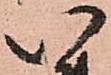
い